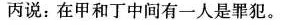
丙说：在甲和丁中间有一人是罪犯。